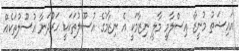
އައިޝަތު މުނީޒާ އިސްލާމީ މާލީ ނިޒާމަކީ އެ ނިޒާމުގެ އުސޫލުތަކަކީ ހަރުދަނާ އުސޫލުތަކެއް